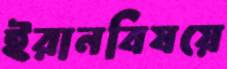
ইরানবিষয়ে